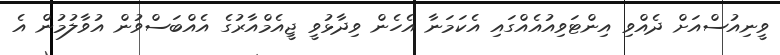
ވީނިއުސްއަށް ދެއްވި އިންޓަވިއުއެއްގައި އެކަމަނާ އެހެން ވިދާޅުވީ ޖީއެމްއާރުގެ އެއްބަސްވުން އުވާލުމުން އެ